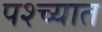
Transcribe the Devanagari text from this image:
पश्‍च्यात